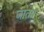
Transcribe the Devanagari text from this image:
जाताा